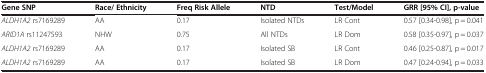
<table><thead><tr><td><b>Gene SNP</b></td><td><b>Race/ Ethnicity</b></td><td><b>Freq Risk Allele</b></td><td><b>NTD</b></td><td><b>Test/Model</b></td><td><b>GRR [95% CI], p-value</b></td></tr></thead><tbody><tr><td><i>ALDH1A2</i> rs7169289</td><td>AA</td><td>0.17</td><td>Isolated NTDs</td><td>LR Cont</td><td>0.57 [0.34-0.98], p = 0.041</td></tr><tr><td><i>ARID1A</i> rs11247593</td><td>NHW</td><td>0.75</td><td>All NTDs</td><td>LR Dom</td><td>0.58 [0.35-0.97], p = 0.037</td></tr><tr><td><i>ALDH1A2</i> rs7169289</td><td>AA</td><td>0.17</td><td>Isolated SB</td><td>LR Cont</td><td>0.46 [0.25-0.87], p = 0.017</td></tr><tr><td><i>ALDH1A2</i> rs7169289</td><td>AA</td><td>0.17</td><td>Isolated SB</td><td>LR Dom</td><td>0.47 [0.24-0.94], p = 0.033</td></tr></tbody></table>